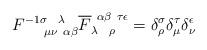
LaTeX: \begin{align*}F^{-1 \sigma ~~\lambda}_{~~~~\mu \nu ~\alpha \beta}\overline F_{\lambda~~\rho}^{~\alpha \beta ~ \tau \epsilon} =\delta^\sigma_\rho \delta^\tau_\mu \delta^\epsilon_\nu\end{align*}